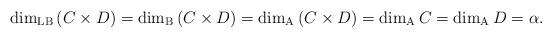
LaTeX: \begin{align*}\dim_{\rm LB}\left(C\times D\right)=\dim_{\rm B}\left(C\times D\right)=\dim_{\rm A}\left(C\times D\right)=\dim_{\rm A}C=\dim_{\rm A}D=\alpha.\end{align*}